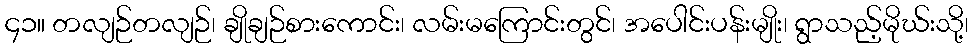
၄၁။ တလျဉ်တလျဉ်၊ ချိုချဉ်စားကောင်း၊ လမ်းမကြောင်းတွင်၊ အပေါင်းပန်းမျိုး၊ ရွာသည့်မိုဃ်းသို့၊